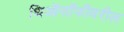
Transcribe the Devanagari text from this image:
थिऑसॉफीवरील